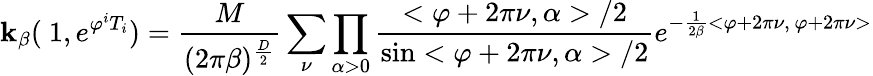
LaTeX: \mathbf{k}_{\beta}(\mathrm{{\mathbf{~}1}},e^{\varphi^{i}T_{i}})=\frac{{M}}{{(2\pi\beta)^{\frac{{D}}{{2}}}}}\sum_{\nu}\prod_{\alpha>0}\frac{{<\varphi+2\pi\nu,\alpha>/2}}{{\sin<\varphi+2\pi\nu,\alpha>/2}}e^{-\frac{{1}}{{2\beta}}<\varphi+2\pi\nu,\, \varphi+2\pi\nu>}